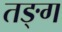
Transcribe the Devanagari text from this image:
तङ्ग